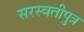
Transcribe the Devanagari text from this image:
सरस्वतीपुत्र